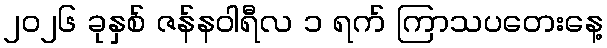
၂၀၂၆ ခုနှစ် ဇန်နဝါရီလ ၁ ရက် ကြာသပတေးနေ့